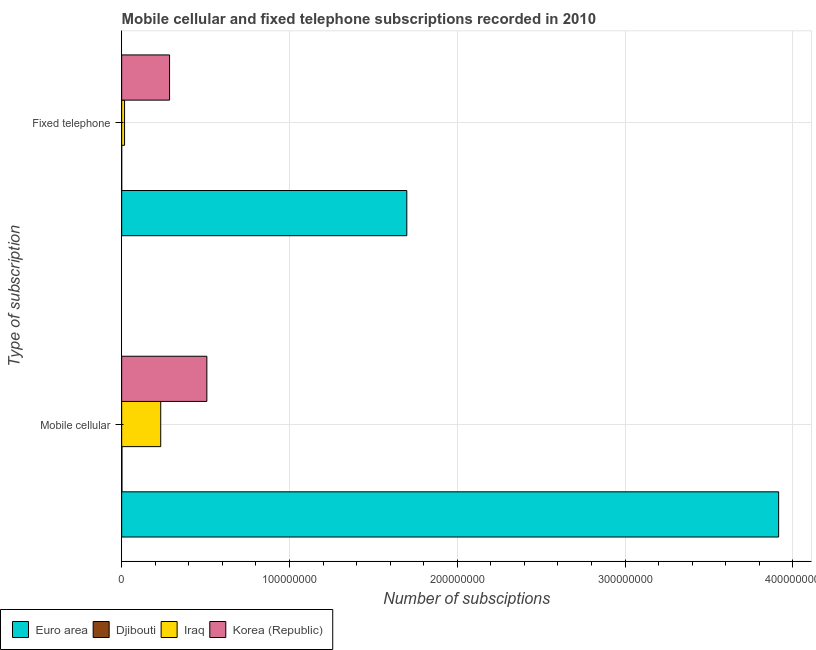
| Type of subscription | Euro area | Djibouti | Iraq | Korea (Republic) |
 | --- | --- | --- | --- | --- |
 | Mobile cellular | 3.92e+08 | 1.66e+05 | 2.33e+07 | 5.08e+07 |
 | Fixed telephone | 1.7e+08 | 1.85e+04 | 1.72e+06 | 2.85e+07 |